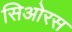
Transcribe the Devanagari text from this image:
सिओरस